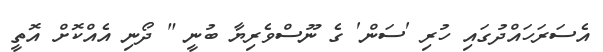
އެސަރަހައްދުގައި ހުރި 'ސަން' ގެ ނޫސްވެރިޔާ ބުނީ " ދޯނި އެއްކޮށް އޮތީ